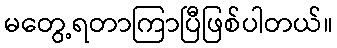
မတွေ့ရတာကြာပြီဖြစ်ပါတယ်။